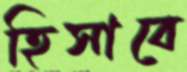
হিসাবে